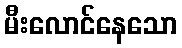
မီးလောင်နေသော